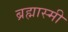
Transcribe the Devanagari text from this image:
ब्रह्मास्मी